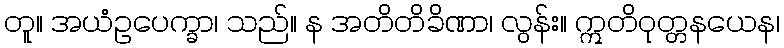
တူ။ အယံဥပေက္ခာ၊ သည်။ န အတိတိခိဏာ၊ လွန်း။ ဣတိဝုတ္တနယေန၊